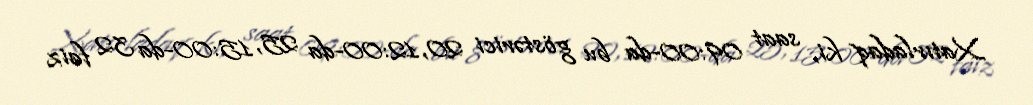
Xatırladaq ki, saat 09:00-da bu göstərici 20, 12:00-da 25, 15:00-da 32 faiz